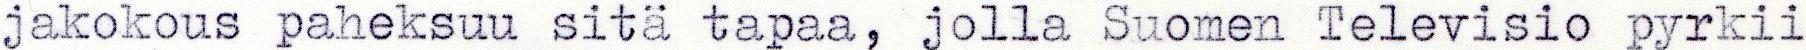
jakokous paheksuu sitä tapaa, jolla Suomen Televisio pyrkii